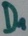
Text: D1